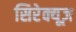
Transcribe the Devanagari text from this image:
सिरेक्यूज़